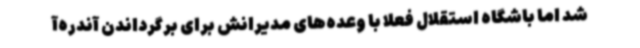
شد اما باشگاه استقلال فعلا با وعده‌های مدیرانش برای برگرداندن آندره‌آ